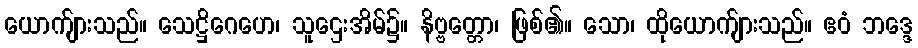
ယောက်ျားသည်။ သေဋ္ဌိဂေဟေ၊ သူဌေးအိမ်၌။ နိဗ္ဗတ္တော၊ ဖြစ်၏။ သော၊ ထိုယောက်ျားသည်။ ဧဝံ ဘဒ္ဒေ